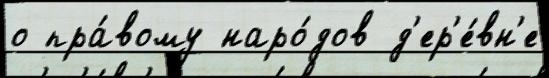
о пра́вому наро́дов д'ер'е́вн'е